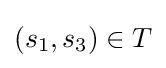
(s_{1},s_{3})\in T